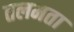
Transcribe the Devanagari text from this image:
तलमता